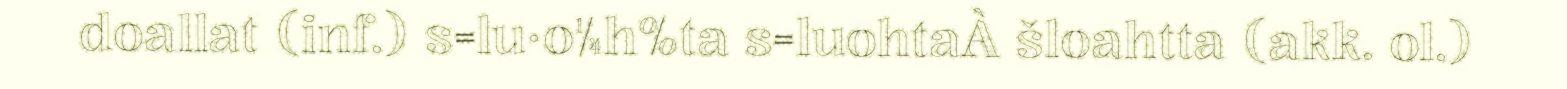
doallat (inf.) s=lu·o¼h%ta s=luohtaÀ šloahtta (akk. ol.)